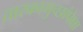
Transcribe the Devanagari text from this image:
तारकागुच्छांपेक्षा